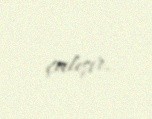
çalışır.